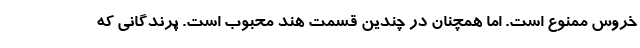
خروس ممنوع است. اما همچنان در چندین قسمت هند محبوب است. پرندگانی که